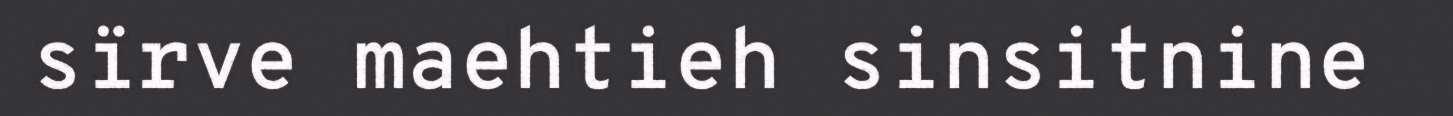
sïrve maehtieh sinsitnine